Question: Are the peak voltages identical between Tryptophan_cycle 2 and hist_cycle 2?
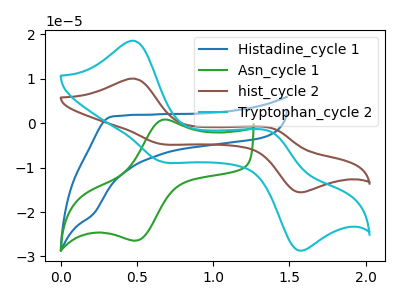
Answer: <think>The blue curve "Histadine_cycle 1" has no peaks. The green curve "Asn_cycle 1" has an anodic peak at (0.65V, 0.80uA) and a cathodic peak at (0.50V, -26.45uA). The brown curve "hist_cycle 2" has anodic peaks at (0.50V, 10.05uA) (1.40V, -1.15uA) and cathodic peaks at (0.65V, -4.65uA) (1.55V, -15.45uA). The cyan curve "Tryptophan_cycle 2" has anodic peaks at (0.50V, 18.60uA) (1.40V, -2.10uA) and cathodic peaks at (0.65V, -8.55uA) (1.55V, -28.50uA).</think>
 <answer>Yes, "Tryptophan_cycle 2" have a peak in "hist_cycle 2" at the same potential.</answer>
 <eval>match</eval>